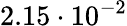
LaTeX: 2.15\cdot 10^{-2}